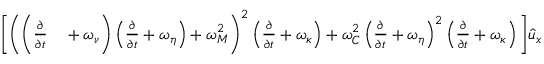
\begin{array} { r l } { \bigg [ \bigg ( \bigg ( \frac { \partial } { \partial { t } } } & { { } + \omega _ { \nu } \bigg ) \left( \frac { \partial } { \partial { t } } + \omega _ { \eta } \right) + \omega _ { M } ^ { 2 } \bigg ) ^ { 2 } \left( \frac { \partial } { \partial { t } } + \omega _ { \kappa } \right) + \omega _ { C } ^ { 2 } \left( \frac { \partial } { \partial { t } } + \omega _ { \eta } \right) ^ { 2 } \left( \frac { \partial } { \partial { t } } + \omega _ { \kappa } \right) \bigg ] \hat { u } _ { x } } \end{array}